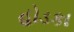
હોડકા